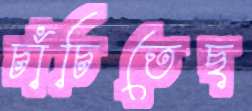
চাঁচিতেছ